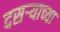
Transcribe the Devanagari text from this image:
दसऱ्‍याच्या